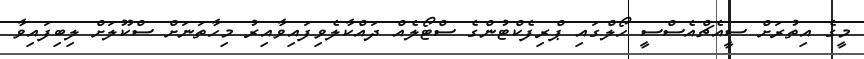
މީގެ އިތުރަށް ސީއެޗްއެސްސީ ހޯލްގައި ޕްރިފެކްޓުންގެ ސްޓޯލެއް ދައްކާލެވިފައިވާއިރު މިހާތަނަށް ސްކޫލަށް ލިބިފައިވާ